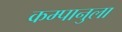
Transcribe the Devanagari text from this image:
कम्पानुला